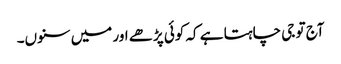
آج تو جی چاہتا ہے کہ کوئی پڑھے اور میں سنوں۔